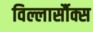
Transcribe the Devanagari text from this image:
विल्लार्सौक्स